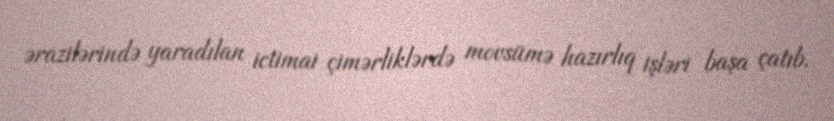
ərazilərində yaradılan ictimai çimərliklərdə movsümə hazırlıq işləri başa çatıb.